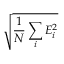
\sqrt { \frac { 1 } { N } \sum _ { i } E _ { i } ^ { 2 } }